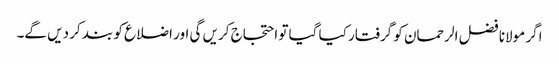
اگر مولانا فضل الرحمان کو گرفتار کیا گیا تو احتجاج کریں گی اور اضلاع کو بند کر دیں گے۔